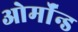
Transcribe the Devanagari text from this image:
ओर्मॉन्ड